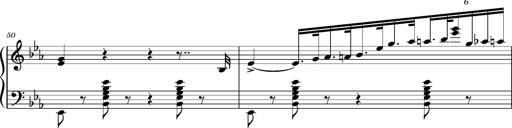
Title: Magyar rapszÃ³diÃ¡k
Composer: Franz Liszt